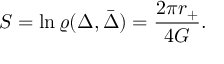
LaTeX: S = \ln \varrho ( \Delta , \bar { \Delta } ) = { \frac { 2 \pi r _ { + } } { 4 G } } .